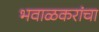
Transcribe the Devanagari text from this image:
भवाळकरांचा